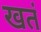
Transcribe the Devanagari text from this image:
खतं